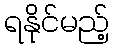
ရနိုင်မည့်